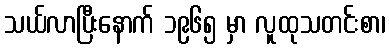
သယ်လာပြီးနောက် ၁၉၆၅ မှာ လူထုသတင်းစာ၊